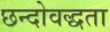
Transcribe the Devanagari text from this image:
छन्दोवद्धता